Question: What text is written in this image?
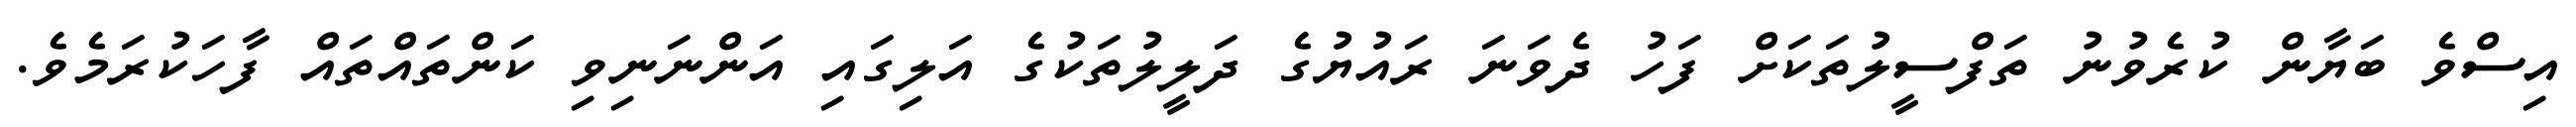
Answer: އިސްވެ ބަޔާން ކުރެވުނު ތަފްސީލުތަކަށް ފަހު ދެވަނަ ރައުޔުގެ ދަލީލުތަކުގެ އަލިގައި އަންނަނިވި ކަންތައްތައް ފާހަކުރަމެވެ.